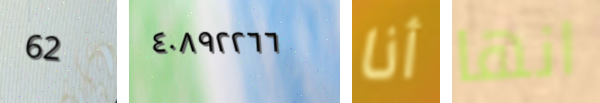
62 ٤٠٨٩٢٢٦٦ أنا انها